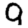
Digit: 9